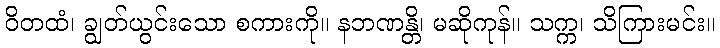
ဝိတထံ၊ ချွတ်ယွင်းသော စကားကို။ နဘဏန္တိ၊ မဆိုကုန်။ သက္က၊ သိကြားမင်း။